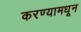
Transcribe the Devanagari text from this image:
करण्यामधून